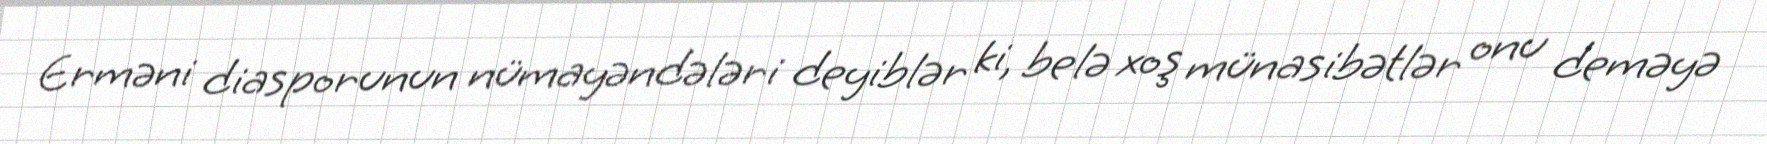
Erməni diasporunun nümayəndələri deyiblər ki, belə xoş münasibətlər onu deməyə